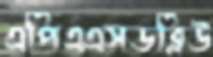
এপিএএসডব্লিউ